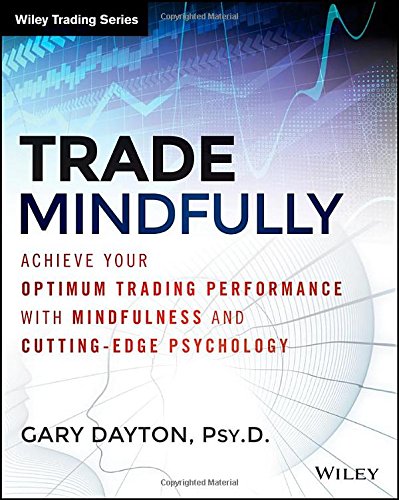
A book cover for Trade Mindfully: Achieve Your Optimum Trading Performance with Mindfulness and Cutting Edge Psychology (Wiley Trading); Gary Dayton; Business & Money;